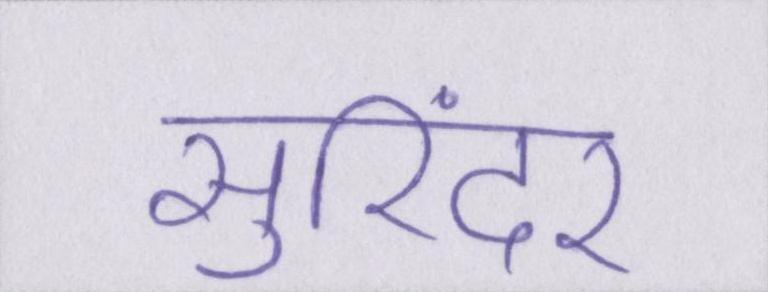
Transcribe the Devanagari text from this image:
सुरिंदर